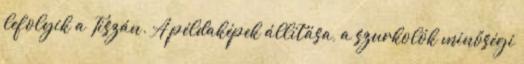
lefolyik a Tiszán. A példaképek állítása, a szurkolók minőségi